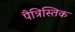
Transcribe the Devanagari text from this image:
पैत्रिस्तिक